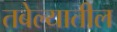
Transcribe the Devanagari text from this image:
तबेल्यातील